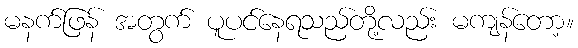
မနက်ဖြန် အတွက် ပူပင်နေရသည်တို့လည်း မကျန်တော့။